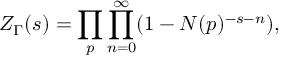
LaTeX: Z _ { \Gamma } ( s ) = \prod _ { p } \prod _ { n = 0 } ^ { \infty } ( 1 - N ( p ) ^ { - s - n } ) ,